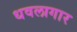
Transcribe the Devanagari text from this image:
धवलागार